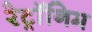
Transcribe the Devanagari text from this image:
रेट्रॉनिम